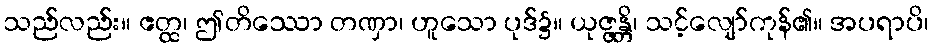
သည်လည်း။ ဧတ္ထ၊ ဤတိဿော တဏှာ၊ ဟူသော ပုဒ်၌။ ယုဇ္ဇန္တိ၊ သင့်လျော်ကုန်၏။ အပရာပိ၊